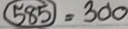
585 = 300